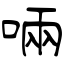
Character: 啢